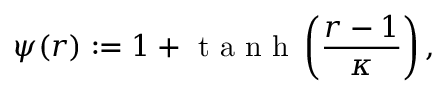
\psi ( r ) : = 1 + \mathrm { ~ t ~ a ~ n ~ h ~ } \left( \frac { r - 1 } { \kappa } \right) ,